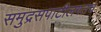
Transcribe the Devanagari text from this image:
समुद्रसपाटीलगतच